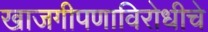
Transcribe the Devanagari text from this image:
खाजगीपणाविरोधीचे